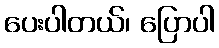
ပေးပါတယ်၊ ပြောပါ